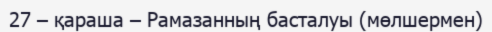
27 – қараша – Рамазанның басталуы (мөлшермен)